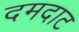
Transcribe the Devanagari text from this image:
दमदाट